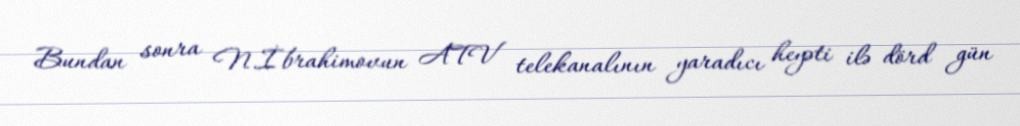
Bundan sonra N.İbrahimovun ATV telekanalının yaradıcı heyəti ilə dörd gün